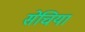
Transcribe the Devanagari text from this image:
सेचिया